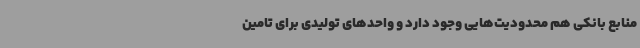
منابع بانکی هم محدودیت‌هایی وجود دارد و واحدهای تولیدی برای تامین